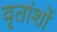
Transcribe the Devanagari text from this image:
वृतांशों